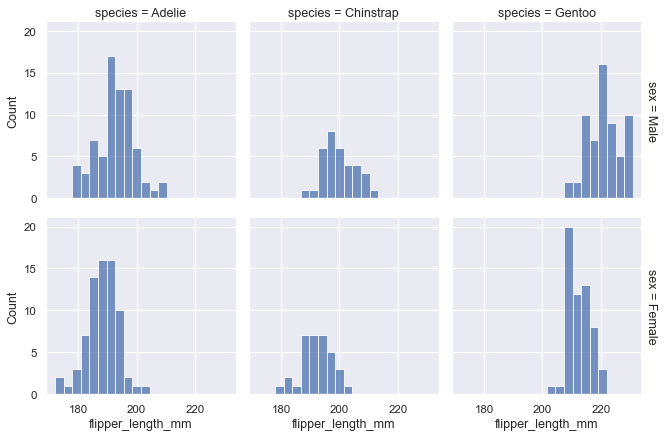
python, seaborn, displot